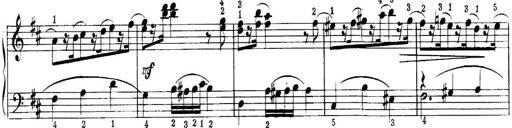
Title: Quatres sonatines
Composer: Tadeusz Joteyko